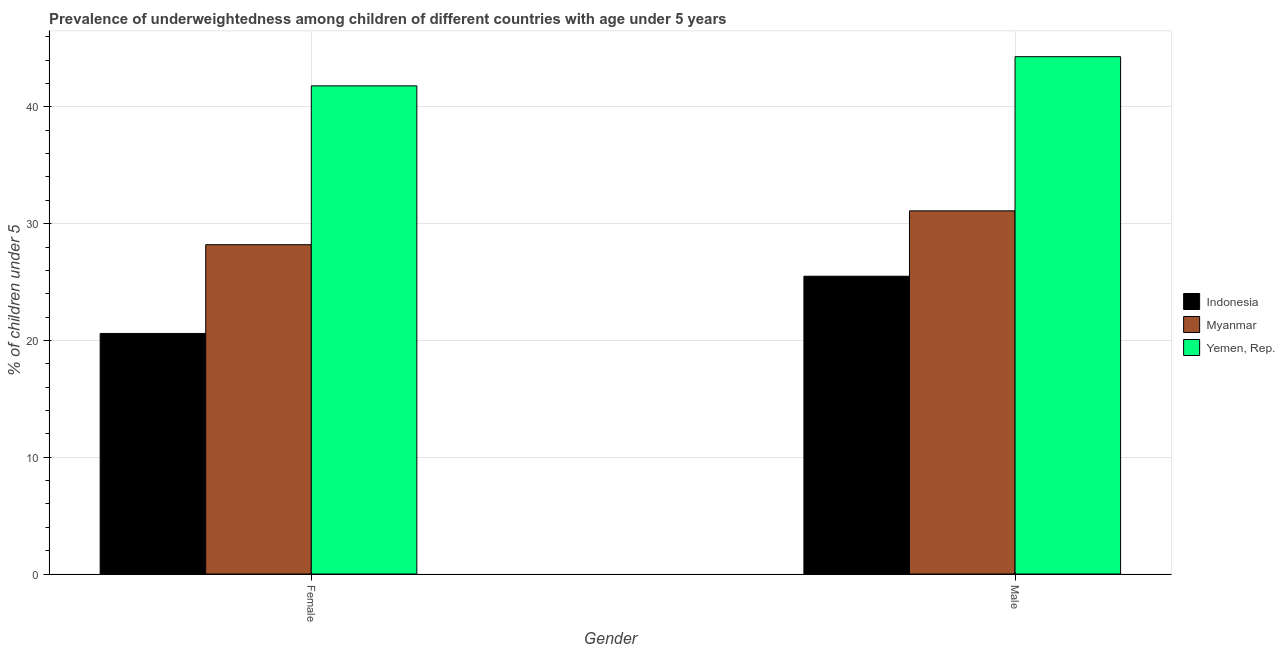
| Gender | Indonesia | Myanmar | Yemen, Rep. |
 | --- | --- | --- | --- |
 | Female | 20.6 | 28.2 | 41.8 |
 | Male | 25.5 | 31.1 | 44.3 |